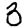
Digit: 3